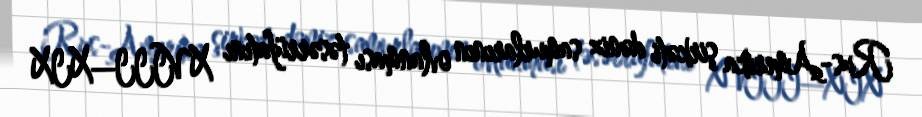
Rus-Amerika şirkəti dəniz samurlarının ovlanması təsərrüfatını XVIII—XIX